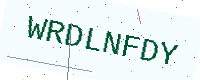
Text: WRDLNFDY